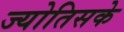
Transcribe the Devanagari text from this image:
ज्योतिसके